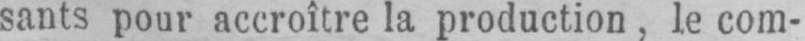
sants pour accroître la production, le com-